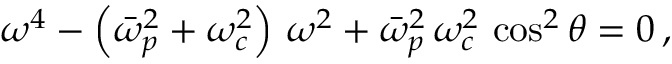
\omega ^ { 4 } - \left( \bar { \omega } _ { p } ^ { 2 } + \omega _ { c } ^ { 2 } \right) \, \omega ^ { 2 } + \bar { \omega } _ { p } ^ { 2 } \, \omega _ { c } ^ { 2 } \, \cos ^ { 2 } \theta = 0 \, ,